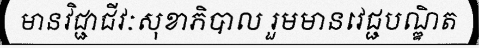
មានវិជ្ជាជីវៈសុខាភិបាល រួមមានវេជ្ជបណ្ឌិត